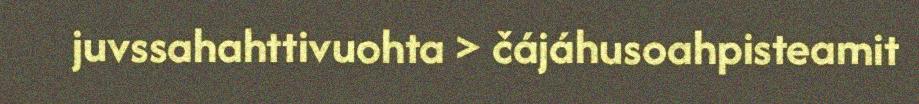
juvssahahttivuohta > čájáhusoahpisteamit